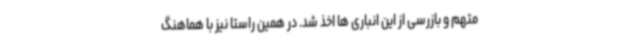
متهم و بازرسی از این انباری ها اخذ شد. در همین راستا نیز با هماهنگ